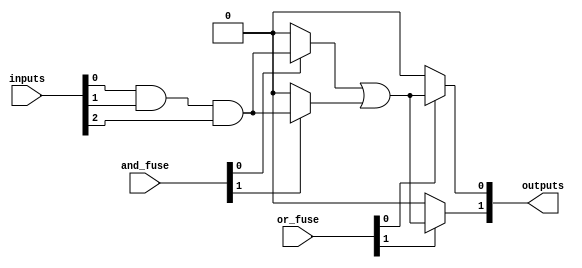
module fuse_based_PLA #(
    parameter INPUT_WIDTH = 4,  // Number of input lines
    parameter AND_ARRAY_SIZE = 4, // Number of AND gates
    parameter OR_ARRAY_SIZE = 2    // Number of OR gates
)(
    input wire [INPUT_WIDTH-1:0] inputs, // Input lines
    input wire [AND_ARRAY_SIZE-1:0] and_fuse, // Fuse settings for AND gates
    input wire [OR_ARRAY_SIZE-1:0] or_fuse,   // Fuse settings for OR gates
    output wire [OR_ARRAY_SIZE-1:0] outputs     // Output lines
);

    // Internal signals for AND gate outputs
    wire [AND_ARRAY_SIZE-1:0] and_out;

    // Generate AND gates based on fuse settings
    genvar i, j;
    generate
        for (i = 0; i < AND_ARRAY_SIZE; i = i + 1) begin : and_gate
            assign and_out[i] = and_fuse[i] ? (inputs[0] & inputs[1] & inputs[2]) : 1'b0; // Example: AND with fixed inputs
        end
    endgenerate

    // Generate OR gates based on fuse settings
    generate
        for (j = 0; j < OR_ARRAY_SIZE; j = j + 1) begin : or_gate
            assign outputs[j] = or_fuse[j] ? (and_out[0] | and_out[1]) : 1'b0; // Example: OR combining first two AND gates
        end
    endgenerate

endmodule